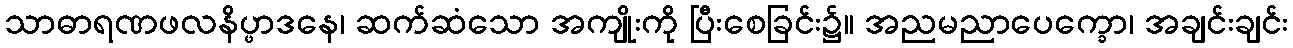
သာဓာရဏဖလနိပ္ဖာဒနေ၊ ဆက်ဆံသော အကျိုးကို ပြီးစေခြင်း၌။ အညမညာပေက္ခော၊ အချင်းချင်း